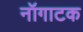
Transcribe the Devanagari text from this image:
नॉगाटक